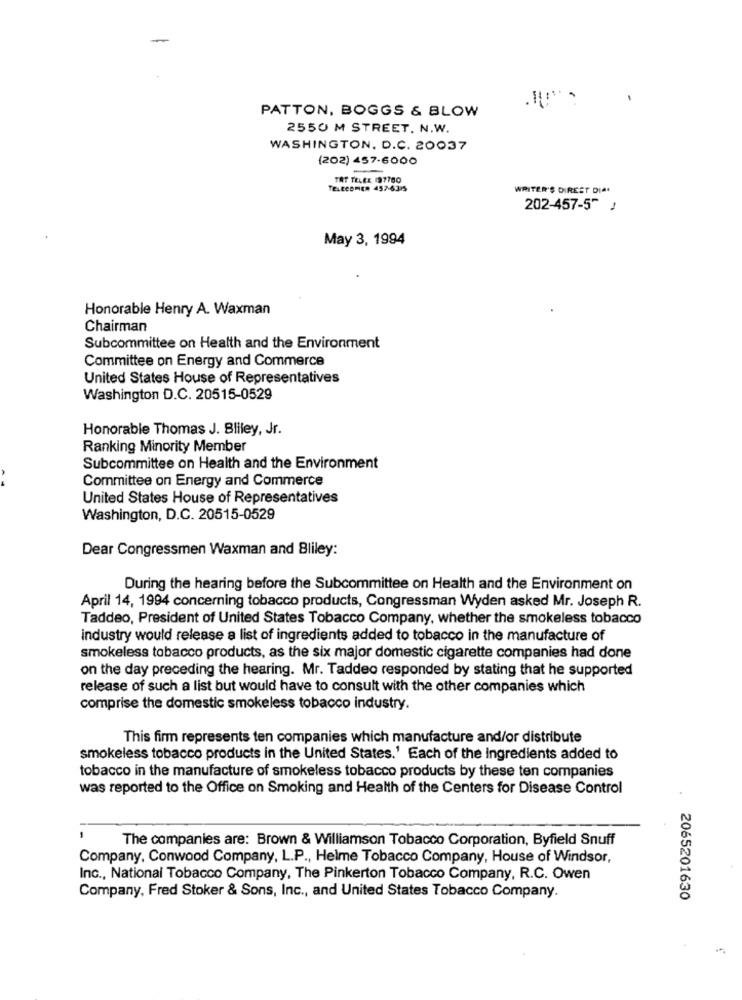
PATTON, BOGGS & BLOW
2550 M STREET. N.W.
WASHINGTON, D.C. 20037
(202) 457-6000
TAT TELEE 197760
TELLESHIER 457-6315
WRITER'S DIREST DIA
202-457-5" 1
May 3, 1994
Honorable Henry A. Waxman
Chairman
Subcommittee on Health and the Environment
Committee on Energy and Commerce
United States House of Representatives
Washington D.C. 20515-0529
Honorable Thomas J. Bliley, Jr.
Ranking Minority Member
Subcommittee on Health and the Environment
Committee on Energy and Commerce
United States House of Representatives
Washington, D.C. 20515-0529
Dear Congressmen Waxman and Bliley:
During the hearing before the Subcommittee on Health and the Environment on
April 14, 1994 concerning tobacco products, Congressman Wyden asked Mr. Joseph R.
Taddeo, President of United States Tobacco Company, whether the smokeless tobacco
industry would release a list of ingredients added to tobacco in the manufacture of
smokeless tobacco products, as the six major domestic cigarette companies had done
on the day preceding the hearing. Mr. Taddeo responded by stating that he supported
release of such a list but would have to consult with the other companies which
comprise the domestic smokeless tobacco industry.
This firm represents ten companies which manufacture and/or distribute
smokeless tobacco products in the United States.' Each of the ingredients added to
tobacco in the manufacture of smokeless tobacco products by these ten companies
was reported to the Office on Smoking and Health of the Centers for Disease Control
The companies are: Brown & Williamson Tobacco Corporation, Byfield Snuff
Company, Conwood Company, L.P ., Helme Tobacco Company, House of Windsor,
Inc ., National Tobacco Company, The Pinkerton Tobacco Company, R.C. Owen
Company, Fred Stoker & Sons, Inc ., and United States Tobacco Company.
2065201630